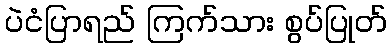
ပဲငံပြာရည် ကြက်သား စွပ်ပြုတ်